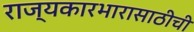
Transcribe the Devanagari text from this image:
राज्यकारभारासाठीची